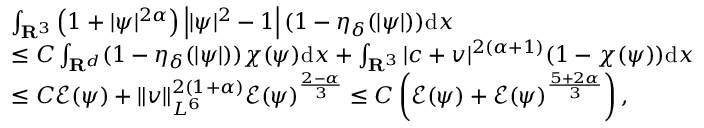
\begin{array} { r l } & { \int _ { { \mathbf R } ^ { 3 } } \left( 1 + | \psi | ^ { 2 \alpha } \right) \left| | \psi | ^ { 2 } - 1 \right| ( 1 - \eta _ { \delta } ( | \psi | ) ) \mathrm d x } \\ & { \leq C \int _ { { \mathbf R } ^ { d } } ( 1 - \eta _ { \delta } ( | \psi | ) ) \chi ( \psi ) \mathrm d x + \int _ { { \mathbf R } ^ { 3 } } | c + v | ^ { 2 ( \alpha + 1 ) } ( 1 - \chi ( \psi ) ) \mathrm d x } \\ & { \leq C \mathcal { E } ( \psi ) + \| v \| _ { L ^ { 6 } } ^ { 2 ( 1 + \alpha ) } \mathcal { E } ( \psi ) ^ { \frac { 2 - \alpha } { 3 } } \leq C \left( \mathcal { E } ( \psi ) + \mathcal { E } ( \psi ) ^ { \frac { 5 + 2 \alpha } { 3 } } \right) , } \end{array}